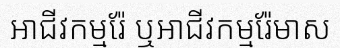
អាជីវកម្មរ៉ែ ឬអាជីវកម្មរ៉ែមាស